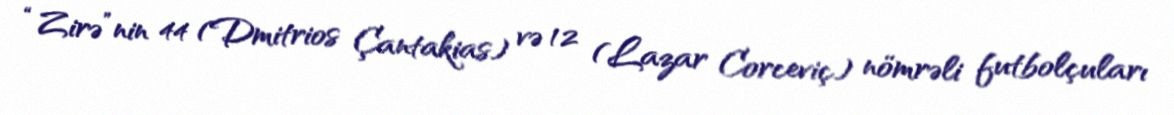
“Zirə”nin 44 (Dmitrios Çantakias) və 12 (Lazar Corceviç) nömrəli futbolçuları